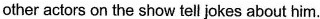
other actors on the show tell jokes about him.